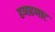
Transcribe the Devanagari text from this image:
ढणढणाट